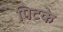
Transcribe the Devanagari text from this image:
पिटके